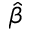
\hat { \beta }